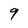
Character: 9